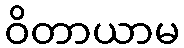
ဝိတာယာမ